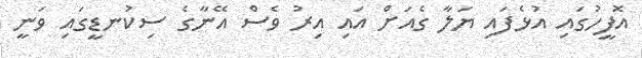
އޮފީހުގައި އުޅެފައި ޔަލާ ގެއަށް އައި އިރު ވެސް އޭނާގެ ސިކުނޑީގައި ވަނީ